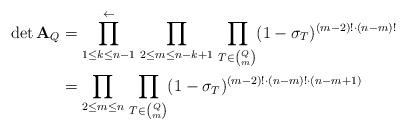
LaTeX: \begin{align*}\det{\mathbf{A}}_{Q} &=\prod_{1\le k\le n-1}^{\gets} \, \prod_{2\le m\le n-k+1}\, \prod_{T\in {Q \choose m}} (1-\sigma_T)^{(m-2)!\cdot (n-m)!}\\&= \prod_{2 \le m\le n}\, \prod_{T\in {Q \choose m}} (1-\sigma_T)^{(m-2)!\cdot (n-m)!\cdot (n-m+1)}\end{align*}